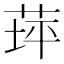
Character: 𦱾